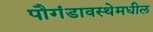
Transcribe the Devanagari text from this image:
पौगंडावस्थेमधील